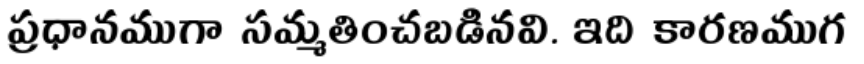
ప్రధానముగా సమ్మతించబడినవి. ఇది కారణముగ